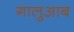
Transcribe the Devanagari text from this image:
गालुआब